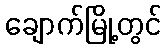
ချောက်မြို့တွင်